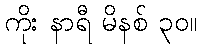
ကိုး နာရီ မိနစ် ၃၀။